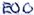
Text: E0.0